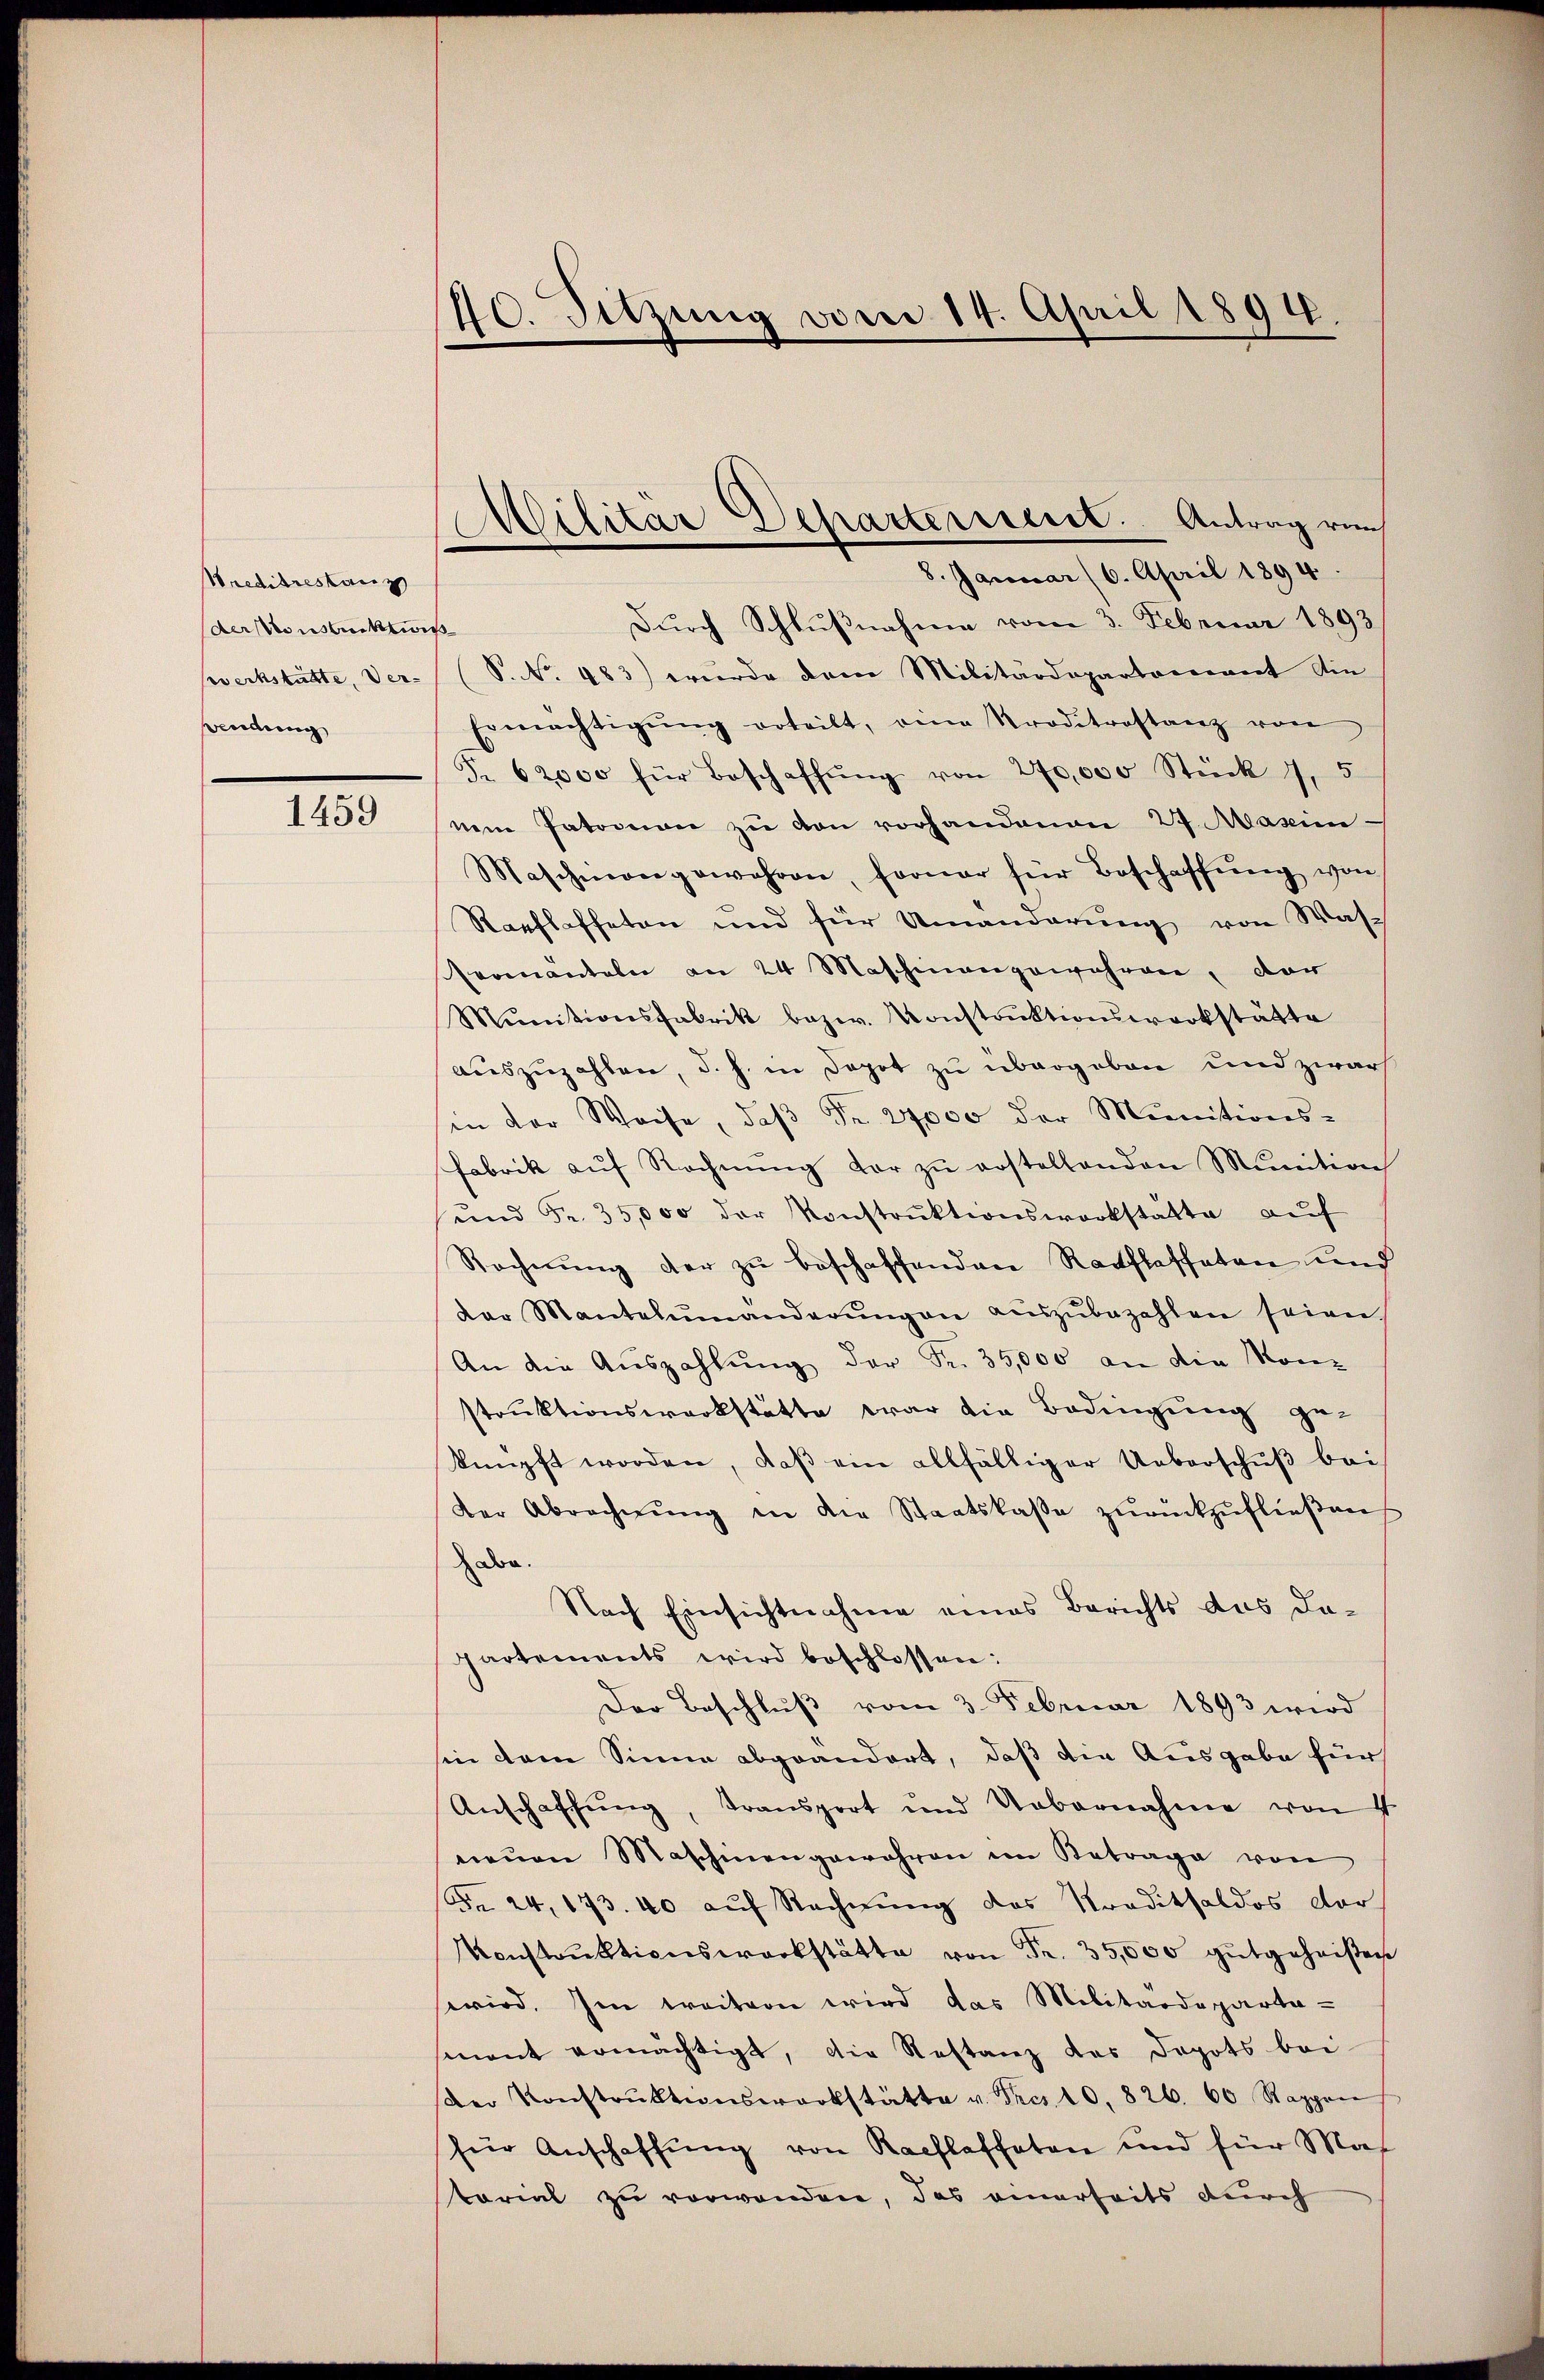
Wreditrestanz
derst nachwis
Wendung

1459

40. Sitzung vom 14. April 1894.

Durch Schlußnahme vom 3. Februar 1893
veckstätte, der (S. Nr. 483) wurde dem Militärdepartariant die
Ermächtigŭng erteilt, eine Troditrostanz von
Fr. 62000 für Beschaffŭng von 270,000 Stück 7,5
nem Patovon zŭ den vorhandenen 27. Maxim
Maschinengewahren, ferner für Beschaffŭng von
Raaflaffeten und für Umänderŭng von Was¬
Promanteln an 24 Maschinangewahren, dar
Mŭnitionsfabrik bezw. Konstrŭktionswerkstätte
auszuzahlen, d. h. in Depot zu übergeben und zwar
in der Weise, daβ Fr. 27000 der Munitions-
Fabrik aŭf Rechnŭng der zŭ erstellenden Munition
ŭnd Fr. 35,000 der Konstrŭktionswerkstätte auf
Rechnŭng der zu beschaffenden Ranflasteten und
der Mantelŭmänderŭngen aŭszŭbezahlen seien
An die Auszahlung der Fr. 35,000 an die Kon-
struktionswerkstätte war die Bedingung ge-
knüpft worden, daβ ein allfälliger Ueberschŭβ bei
der Abrechnŭng in die Staatskasse zŭrückzŭfließen
don.
Nach Einsichtnahme eines Berichts das dapartements wird beschlossen:
Der Beschluß vom 3. Februar 1893 wird
hin dem Sinne abgeändert, daß die Ausgabe für
Anschaffŭng, transport und Uebernahme von 4
neŭen Maschinengewahren im Betrage von
Fr. 24, 173.40 aŭf Rechnŭng des Traditsaldos dor
Konstrŭktionswerkstätte von Fr. 35,000 gutgeheißen
wwird. Im weitern wird das Militärdeparta-
smnant ermächtigt, die Restanz das Depots bei-
der Konstrŭktionswerkstätte u. Fres. 10. 826. 60 Rappen
für Anschaffung von Kachlaffeten und für Mas
tariat zu verwenden, das einerseits durch

Militär Departerrent. Antrag run
8. Januar (6. April 1894.